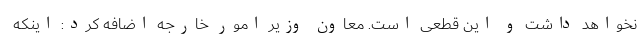
نخواهد داشت و این قطعی است. معاون وزیر امور خارجه اضافه کرد: اینکه